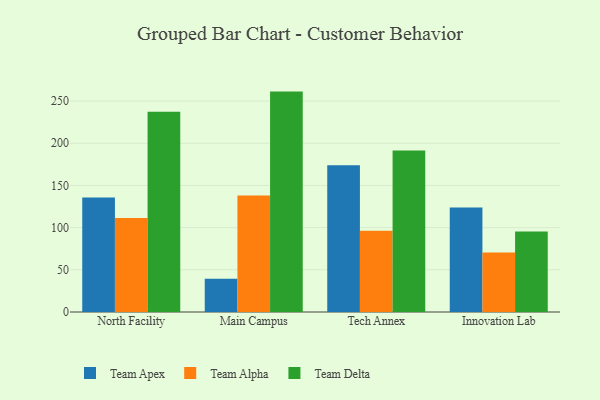
{"axis": {"x": "Campus", "y": "Satisfaction Score"}, "legend": ["Team Alpha", "Team Apex", "Team Delta"], "data": [{"x": "North Facility", "y": 135.7, "type": "Team Apex"}, {"x": "North Facility", "y": 111.5, "type": "Team Alpha"}, {"x": "North Facility", "y": 237.4, "type": "Team Delta"}, {"x": "Main Campus", "y": 39.3, "type": "Team Apex"}, {"x": "Main Campus", "y": 138.2, "type": "Team Alpha"}, {"x": "Main Campus", "y": 261.2, "type": "Team Delta"}, {"x": "Tech Annex", "y": 173.8, "type": "Team Apex"}, {"x": "Tech Annex", "y": 96.2, "type": "Team Alpha"}, {"x": "Tech Annex", "y": 191.5, "type": "Team Delta"}, {"x": "Innovation Lab", "y": 123.9, "type": "Team Apex"}, {"x": "Innovation Lab", "y": 70.4, "type": "Team Alpha"}, {"x": "Innovation Lab", "y": 95.3, "type": "Team Delta"}]}